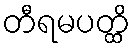
တီရမပတ္ထိ